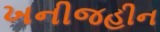
ખનીજહીન